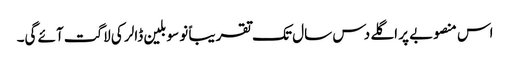
اس منصوبے پر اگلے دس سال تک تقریباً نو سو بلین ڈالر کی لاگت آئے گی۔